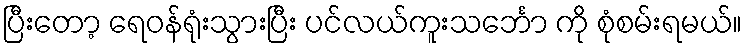
ပြီးတော့ ရေဝန်ရုံးသွားပြီး ပင်လယ်ကူးသင်္ဘော ကို စုံစမ်းရမယ်။